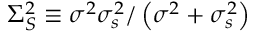
\Sigma _ { S } ^ { 2 } \equiv \sigma ^ { 2 } \sigma _ { s } ^ { 2 } / \left( \sigma ^ { 2 } + \sigma _ { s } ^ { 2 } \right)